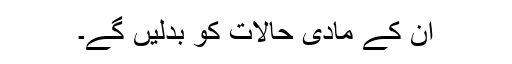
ان کے مادی حالات کو بدلیں گے۔